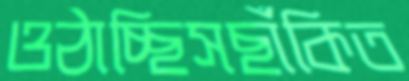
ওঠাচ্ছিসছাঁকিত